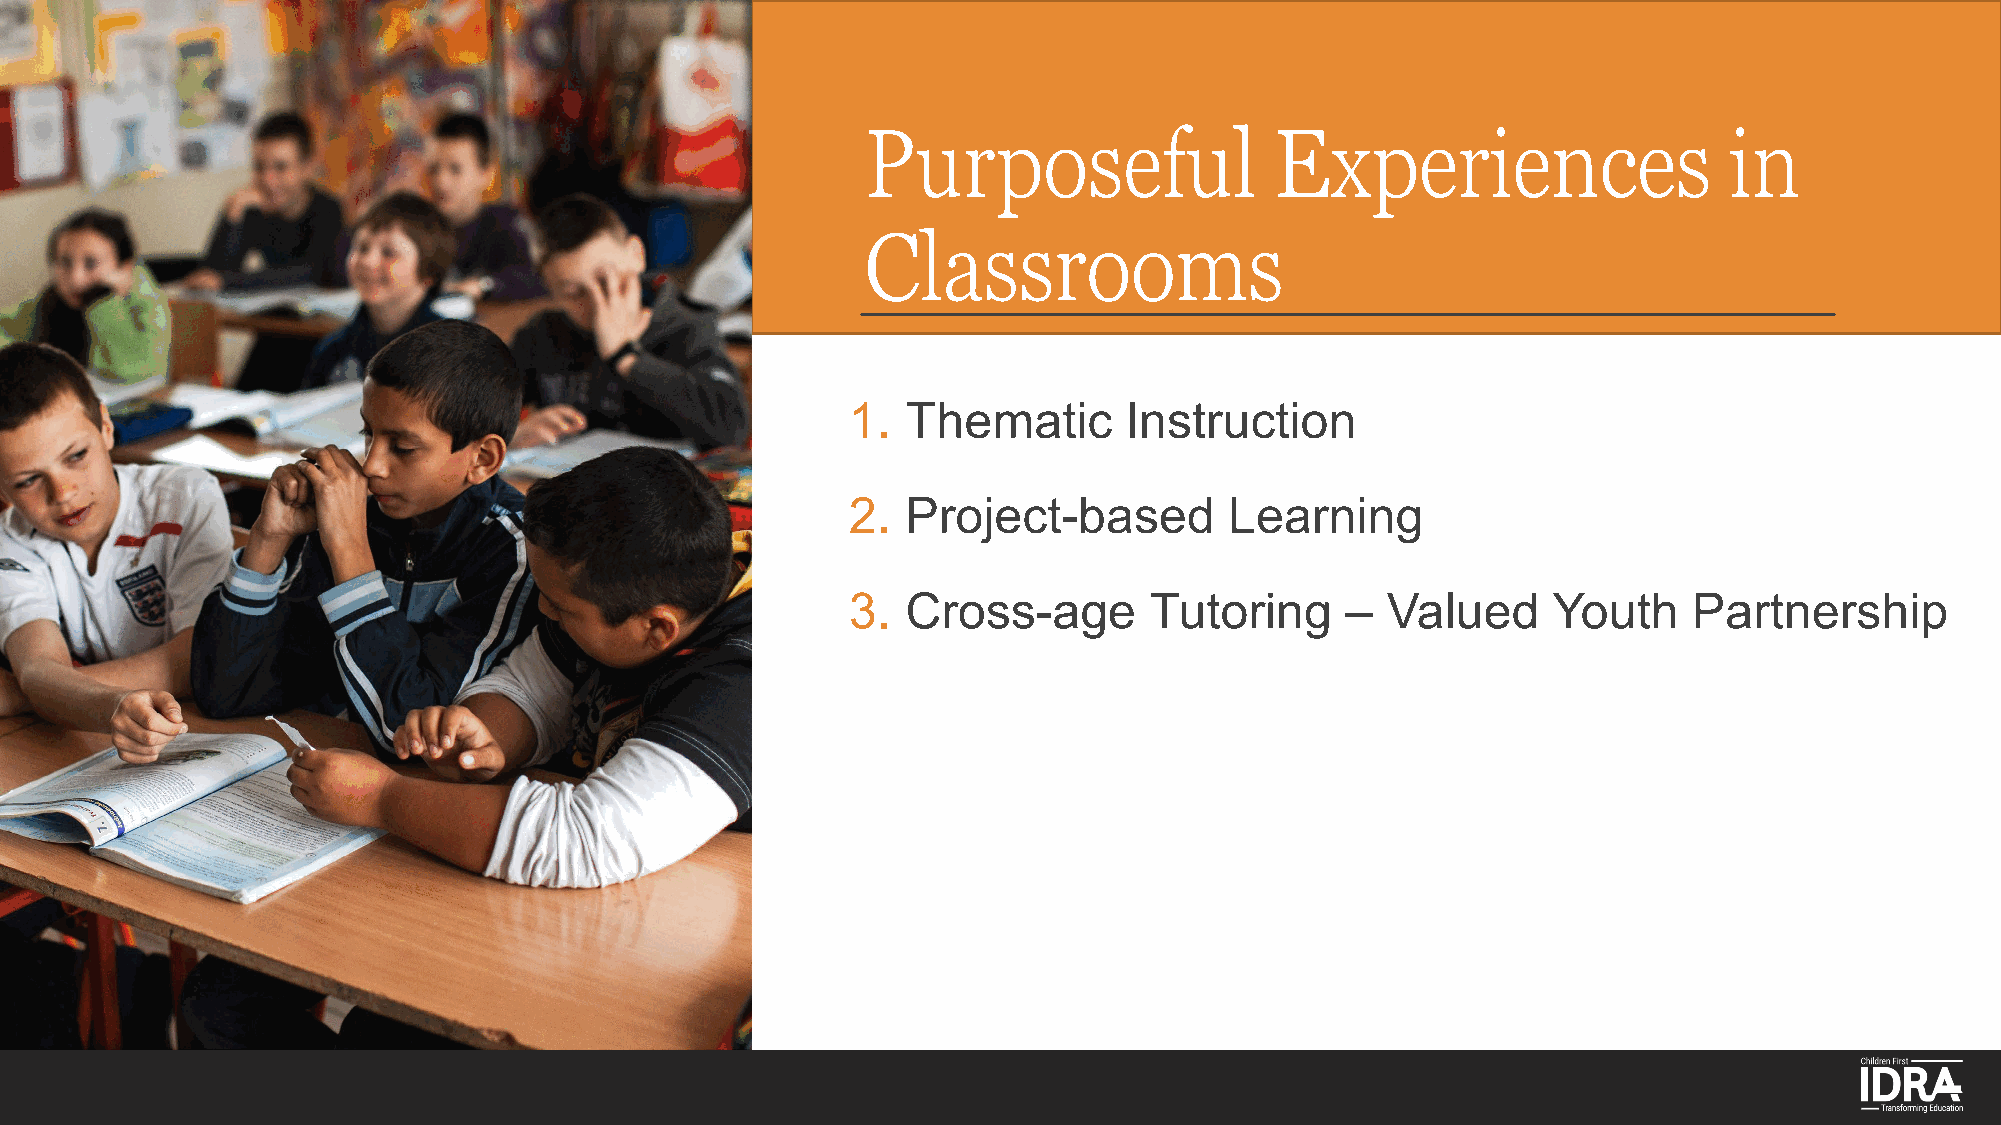
Purposeful                 Experiences                   in
 Classrooms
 1.  Thematic      Instruction
 2.  Project-based        Learning
 3.  Cross-age       Tutoring     –  Valued     Youth    Partnership